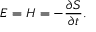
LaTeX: E = H = - { \frac { \partial S } { \partial t } } .